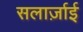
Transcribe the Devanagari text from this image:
सलार्ज़ाई